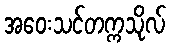
အဝေးသင်တက္ကသိုလ်